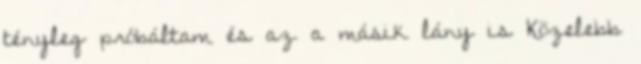
tényleg próbáltam és az a másik lány is Közelebb